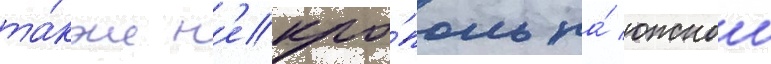
та́кже н'екро́поль на́ южнои